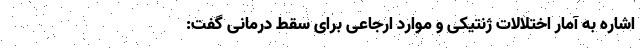
اشاره به آمار اختلالات ژنتیکی و موارد ارجاعی برای سقط درمانی گفت: